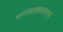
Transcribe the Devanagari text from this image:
धम्मचक्कपवत्तन